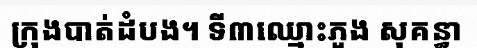
ក្រុងបាត់ដំបង។ ទី៣ឈ្មោះភួង សុគន្ធា